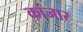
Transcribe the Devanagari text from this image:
कांजार